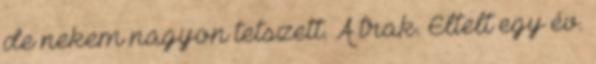
de nekem nagyon tetszett. A trak. Eltelt egy év.